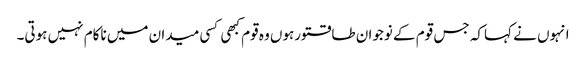
انہوں نے کہاکہ جس قوم کے نوجوان طاقتورہوں وہ قوم کبھی کسی میدان میں ناکام نہیں ہوتی۔